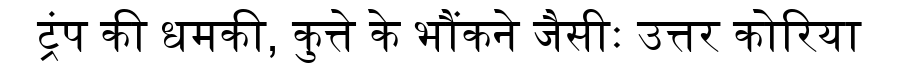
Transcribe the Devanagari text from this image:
ट्रंप की धमकी, कुत्ते के भौंकने जैसीः उत्तर कोरिया